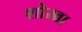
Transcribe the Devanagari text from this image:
शोखा